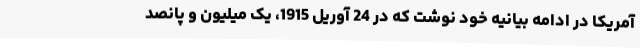
آمریکا در ادامه بیانیه خود نوشت که در 24 آوریل 1915، یک میلیون و پانصد